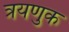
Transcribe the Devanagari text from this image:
त्रयणुक